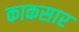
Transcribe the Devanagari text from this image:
काकसार